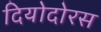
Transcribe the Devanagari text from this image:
दियोदोरस